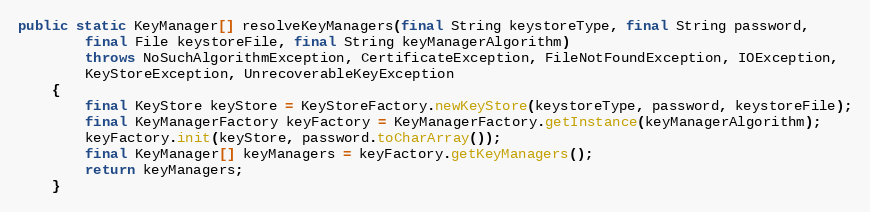
Language: Java
public static KeyManager[] resolveKeyManagers(final String keystoreType, final String password,
		final File keystoreFile, final String keyManagerAlgorithm)
		throws NoSuchAlgorithmException, CertificateException, FileNotFoundException, IOException,
		KeyStoreException, UnrecoverableKeyException
	{
		final KeyStore keyStore = KeyStoreFactory.newKeyStore(keystoreType, password, keystoreFile);
		final KeyManagerFactory keyFactory = KeyManagerFactory.getInstance(keyManagerAlgorithm);
		keyFactory.init(keyStore, password.toCharArray());
		final KeyManager[] keyManagers = keyFactory.getKeyManagers();
		return keyManagers;
	}